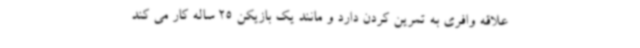
علاقه وافری به تمرین کردن دارد و مانند یک بازیکن 25 ساله کار می کند